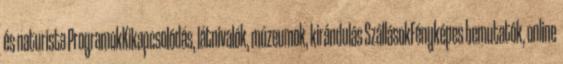
és naturista ProgramokKikapcsolódás, látnivalók, múzeumok, kirándulás SzállásokFényképes bemutatók, online